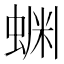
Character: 𬠔